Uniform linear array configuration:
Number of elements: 12
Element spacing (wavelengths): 0.25
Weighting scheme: uniform
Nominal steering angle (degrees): -60
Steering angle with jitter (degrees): -59.441
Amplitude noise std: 0.05
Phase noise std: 0.05

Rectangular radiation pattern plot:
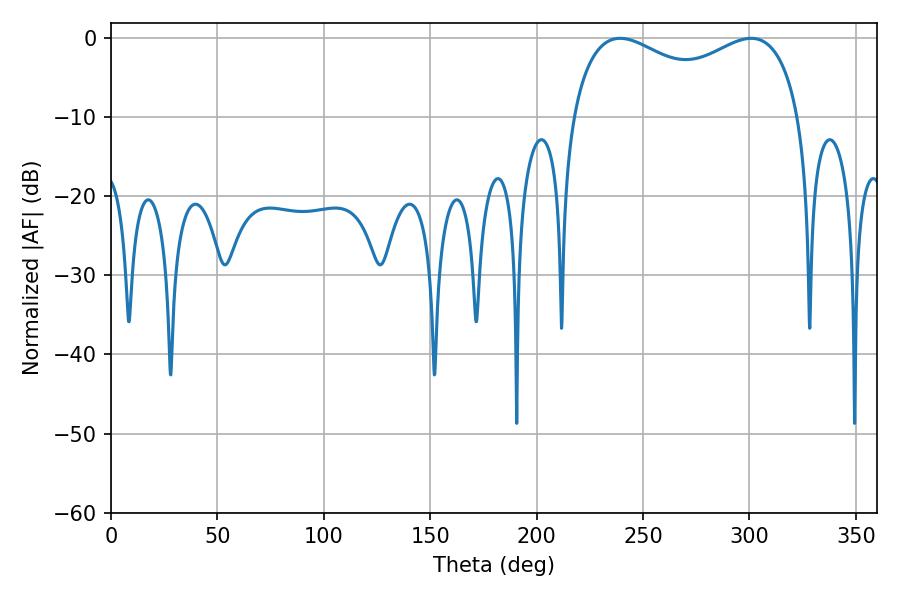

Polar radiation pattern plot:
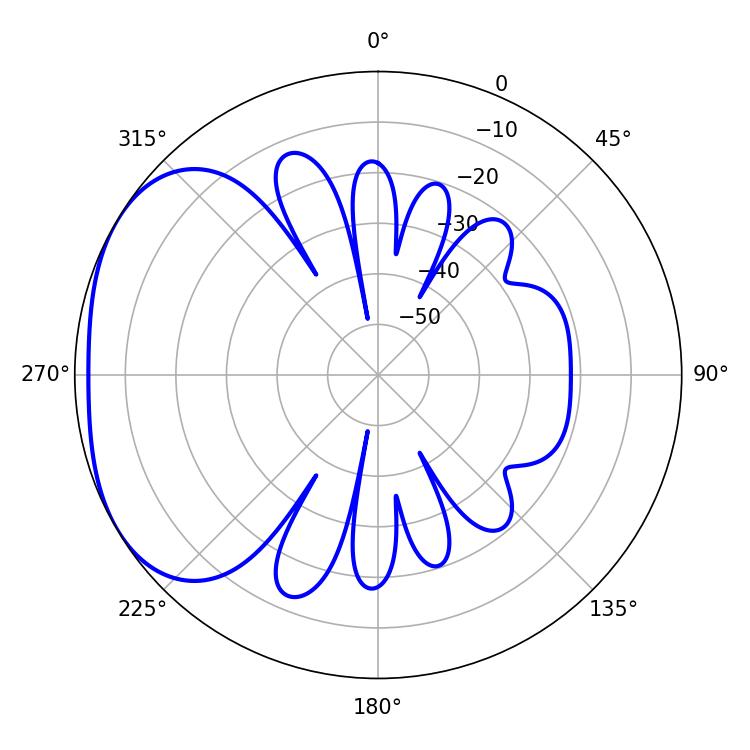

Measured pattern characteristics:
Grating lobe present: FALSE
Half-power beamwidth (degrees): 89.28
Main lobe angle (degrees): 239.22